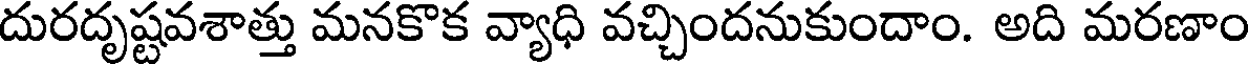
దురదృష్టవశాత్తు మనకొక వ్యాధి వచ్చిందనుకుందాం. అది మరణాం